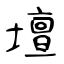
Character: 壇